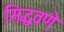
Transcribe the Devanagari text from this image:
सिद्धवणे